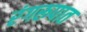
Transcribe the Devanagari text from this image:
रंगरूपात